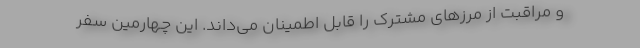
و مراقبت از مرزهای مشترک را قابل اطمینان می‌داند. این چهارمین سفر